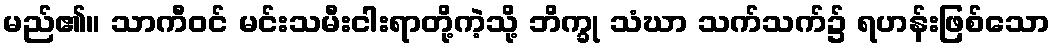
မည်၏။ သာကီဝင် မင်းသမီးငါးရာတို့ကဲ့သို့ ဘိက္ခု သံဃာ သက်သက်၌ ရဟန်းဖြစ်သော